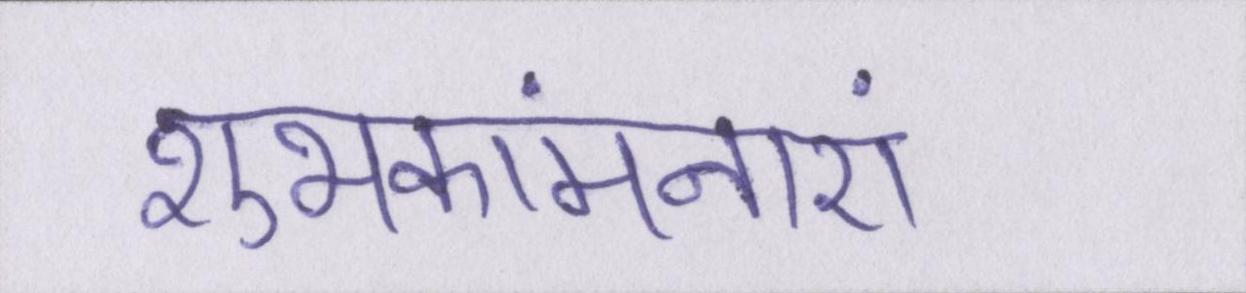
शुभकांमनाएं